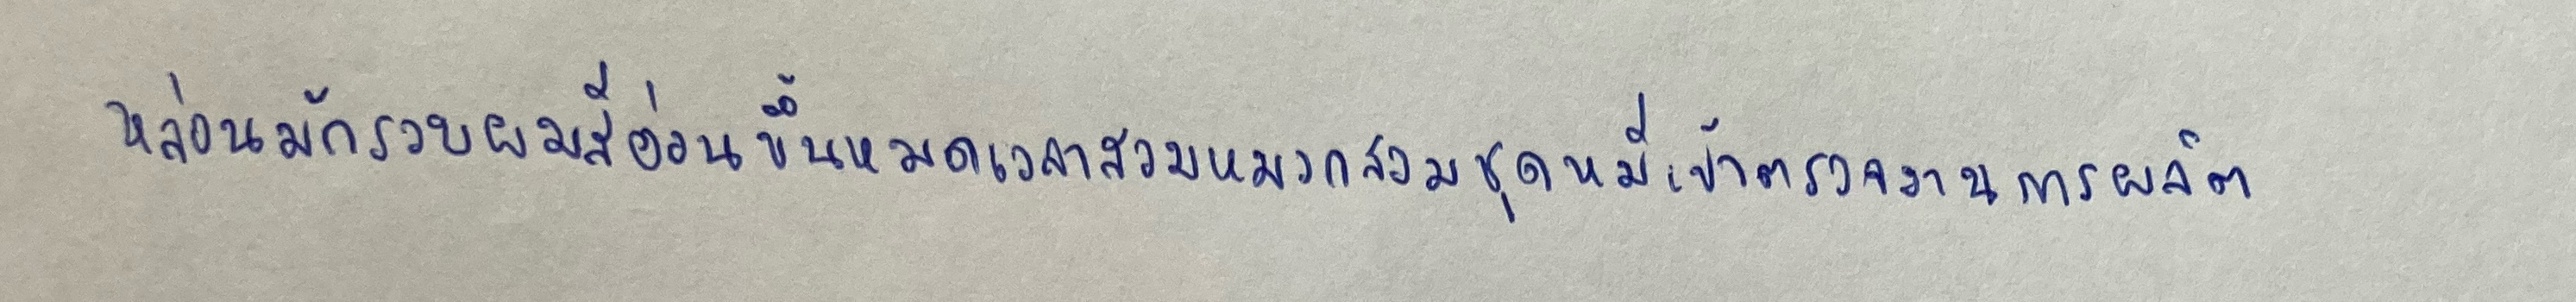
หล่อนมักรวบผมสีอ่อนขึ้นหมดเวลาสวมหมวกสวมชุดหมีเข้าตรวจงานการผลิต